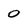
Character: 0